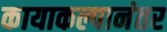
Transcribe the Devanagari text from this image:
कायाकल्पानंतर